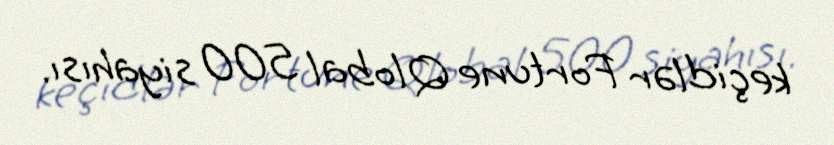
keçidlər Fortune Qlobal 500 siyahısı.